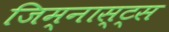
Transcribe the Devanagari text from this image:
जिम्नास्ट्स